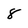
Character: 8